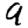
Digit: 9